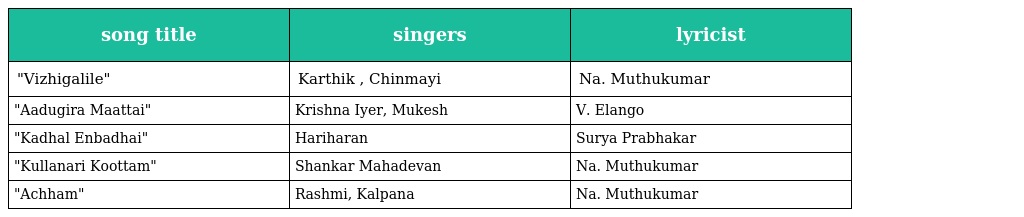
| song title | singers | lyricist |
 | --- | --- | --- |
 | "Vizhigalile" | Karthik , Chinmayi | Na. Muthukumar |
 | "Aadugira Maattai" | Krishna Iyer, Mukesh | V. Elango |
 | "Kadhal Enbadhai" | Hariharan | Surya Prabhakar |
 | "Kullanari Koottam" | Shankar Mahadevan | Na. Muthukumar |
 | "Achham" | Rashmi, Kalpana | Na. Muthukumar |